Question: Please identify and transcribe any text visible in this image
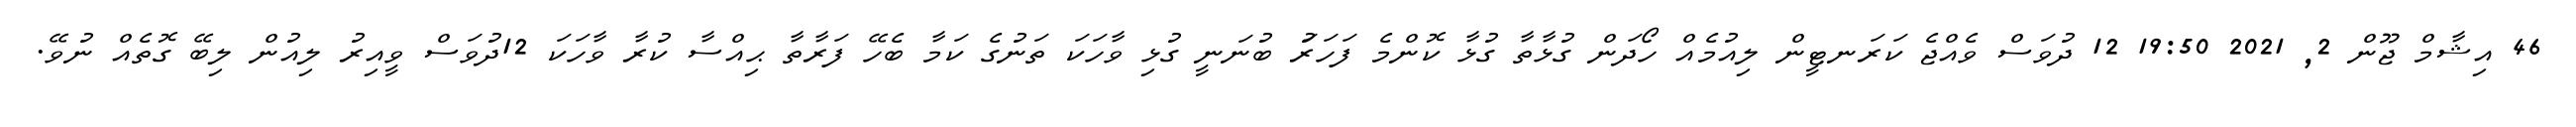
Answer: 46 އިޝާމް ޖޫން 2, 2021 19:50 12 ދުވަސް ވެއްޖެ ކަރަނޓީން ލިއުމެއް ހޯދަން ގުޅާތާ ގުޅާ ކޮންމެ ފަހަރަު ބުނަނީ ގުޅި ވާހަކަ ތަނުގެ ކަމާ ބެހޭ ފަރާތާ ޙިއްސާ ކުރާ ވާހަކަ 12ދުވަސް ވީއިރު ލިއުން ލިބޭ ގޮތެއް ނުވޭ.